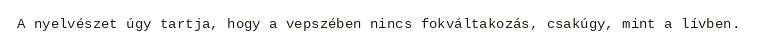
A nyelvészet úgy tartja, hogy a vepszében nincs fokváltakozás, csakúgy, mint a lívben.